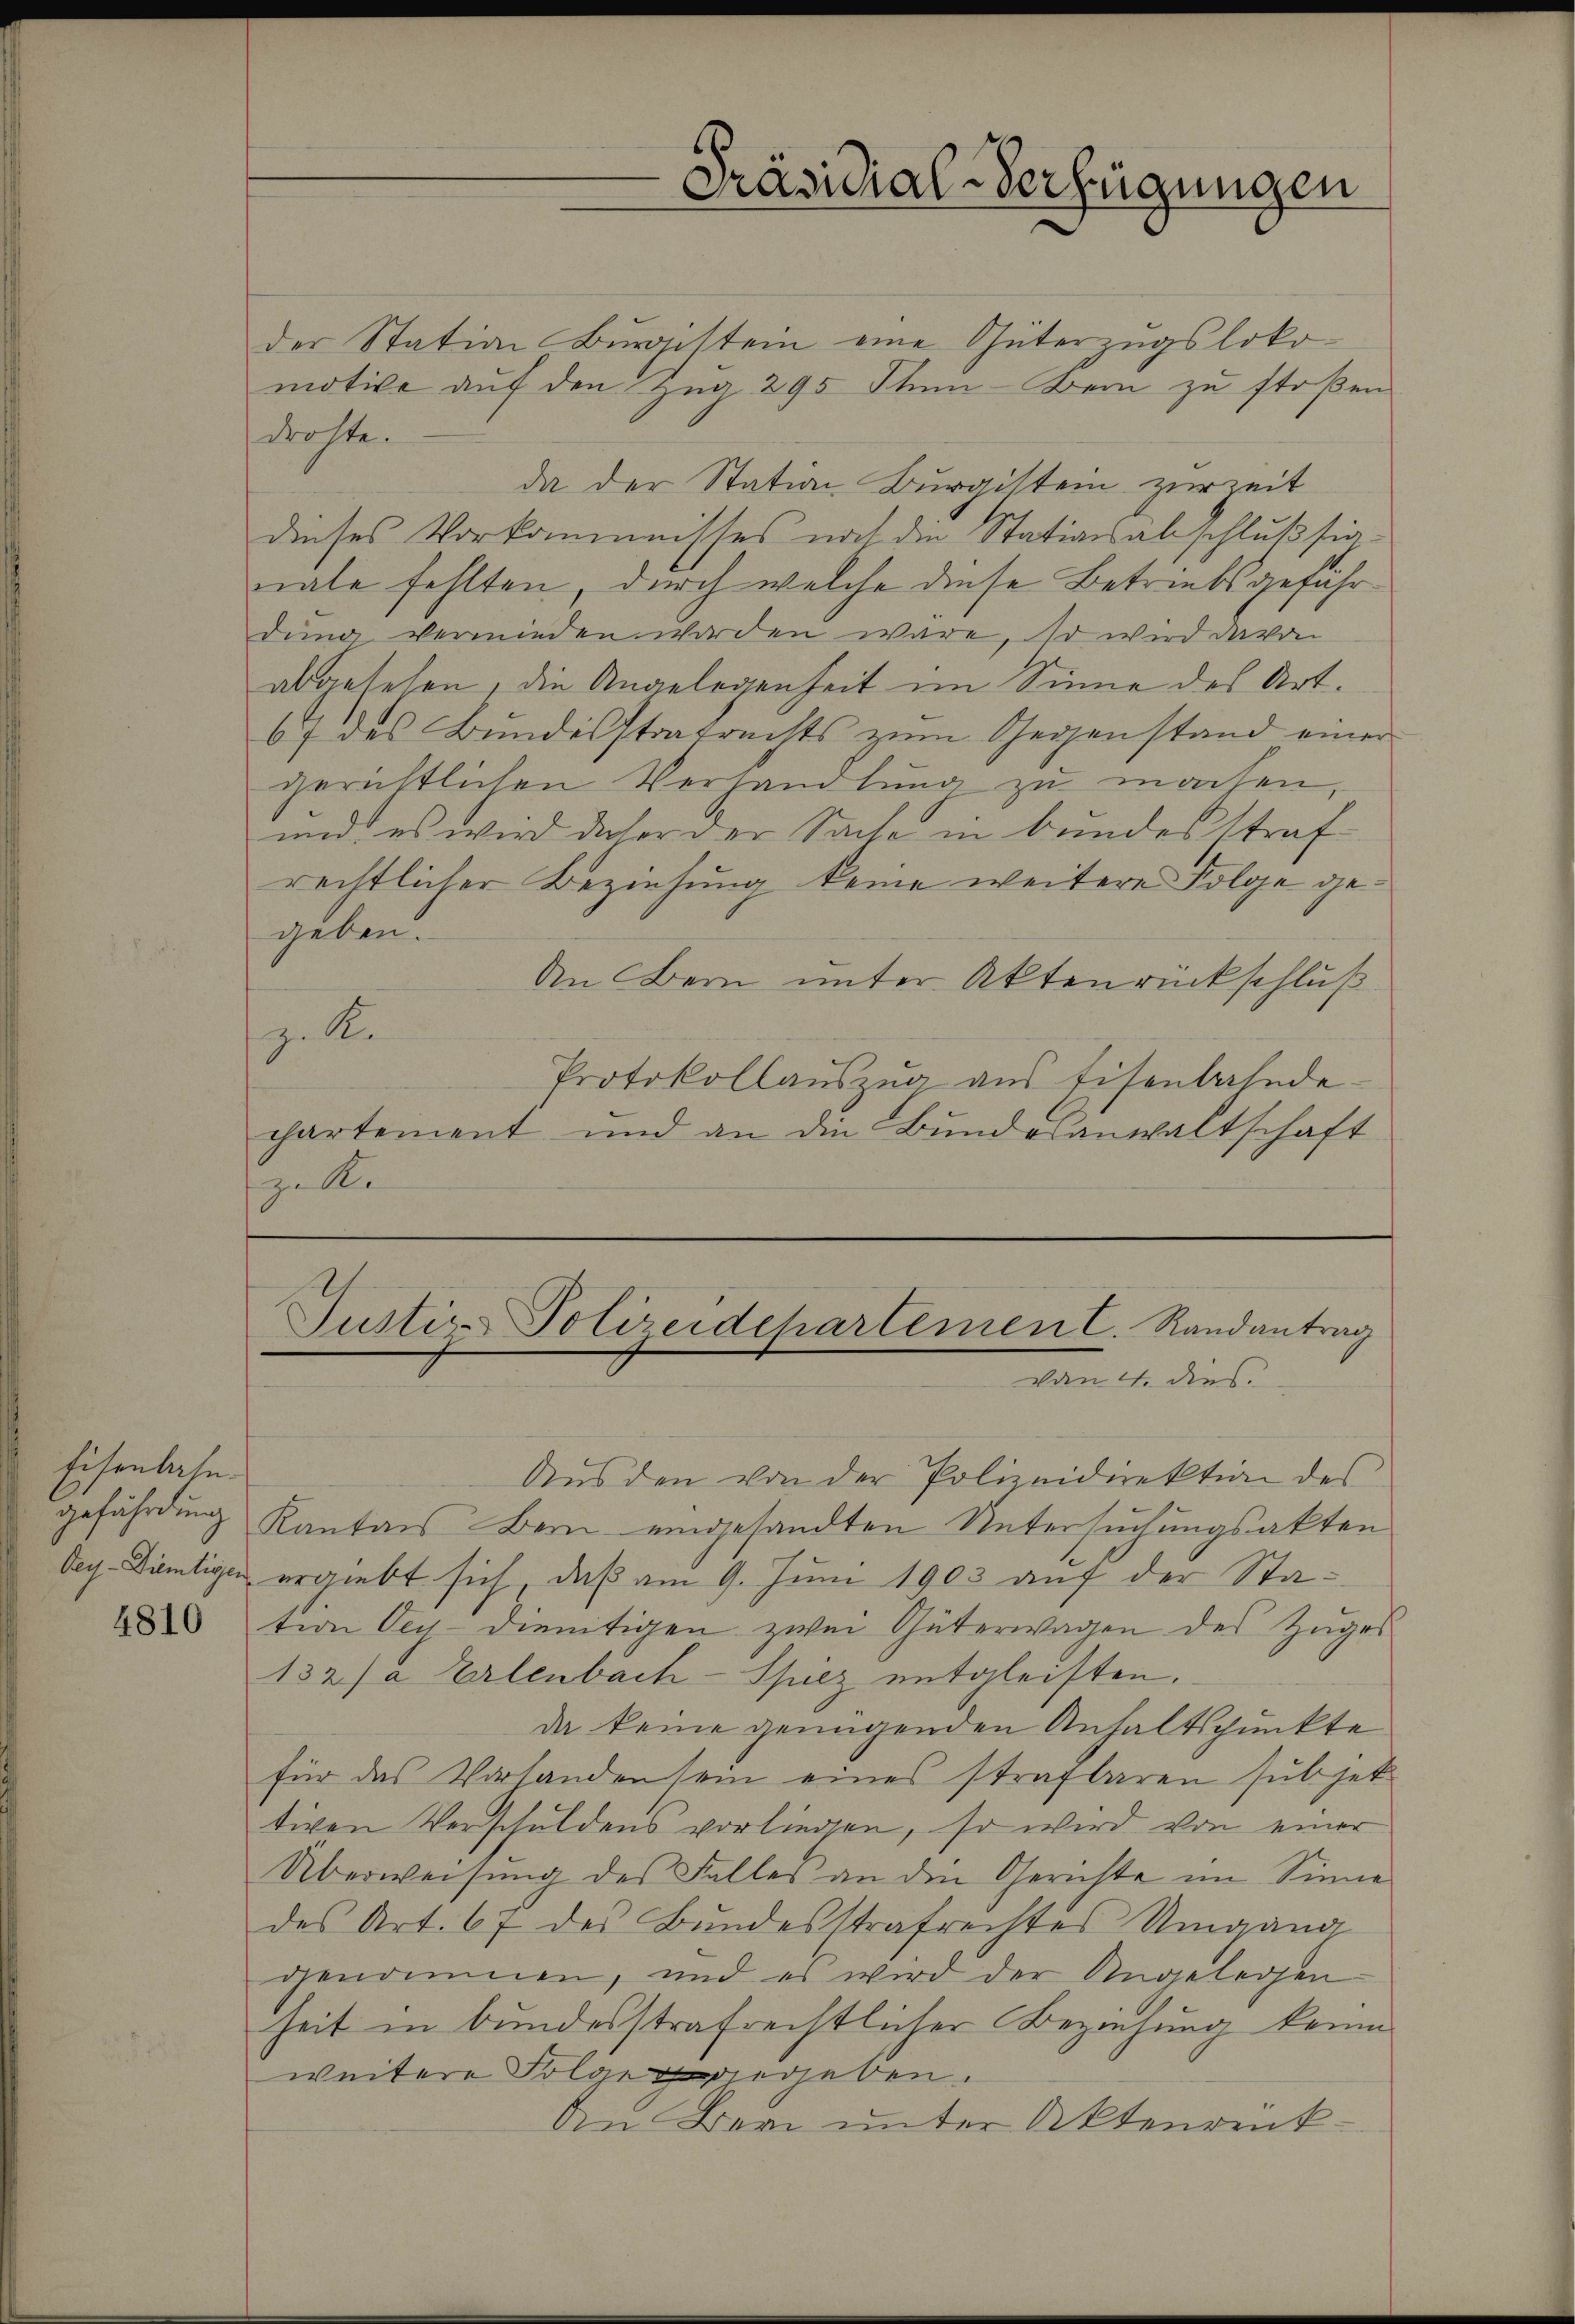
Eisenbahn.

4810

drohte.
geben.
z. R.
spelte

der Station Buristein eine Güterzugslokomotive aŭf den Zŭg 295 Iten-Bern zŭ stoßen
da der Station Burgisten zur Zeit
dieses Vorkommisses noch die Stationsabschlußsianale fehlten, durch welche diese Betriebsgeführdung vermieden worden wäre, so wird davon
abgesehen, die Angelegenheit im Sinne des Art.
67 des Bundesstratrechts zum Gegenstand einer
gerichtlichen Verhandlung zu machen
und es wird daher der Sache in bundesstraf
rechtlicher Beziehung keine weitere Folge ge¬
Aen Bern unter Aktenrückschluß
Protokollaŭszŭg ans Eisenbahnde-
chartement und an die Bundesanwaltschaft

Justiz-Polizeidchartement. Randantrag
von 4. dies

Präsidial-Verfügungen

Aŭs den von der Polizeidirektion des
gefährdung Kantons Bern eingesandten Untersuchungsakten
Oey-Dämtigen ergiebt sich, daß am 9. Juni 1903 auf der Station bey dientigen zwei Güterwagen des Zuges
132/a Erlenbach-Spiez entgleisten.
da keine genügenden Anhaltspunkte
für das Vorhanden sein eines strafbaren subjek
tiven Verschuldens vorliegen, so wird von einer
Überweisung des Falles an die Gerichte im Sinne
des Art. 67 des Bundesstrafrechtes Umgang
genommen, und es wird der Angelegen
heit in bundesstrafrechtlicher Beziehung keine
weitere Folge ergeben.
den Bern unter Aktenrück¬